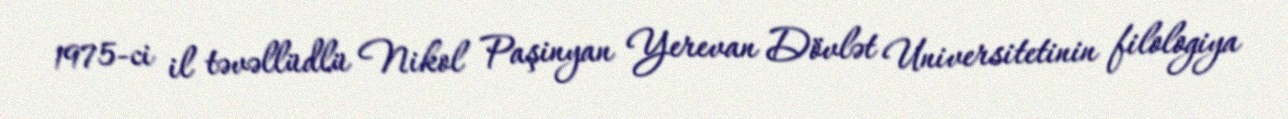
1975-ci il təvəllüdlü Nikol Paşinyan Yerevan Dövlət Universitetinin filologiya